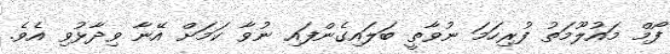
ފޯމް މައުލޫމަތު ފުރިހަމަ ނުވާތީ ބަލައިގެންފައި ނުވާ ކަމަށް އޭނާ ވިދާޅުވި އެވެ.